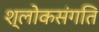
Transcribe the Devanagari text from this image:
श्लोकसंगति